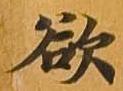
欲